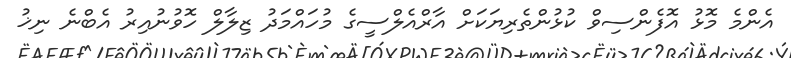
އެންމެ މޮޅު އޮފެންސިވް ކުޅުންތެރިޔަކަށް އާރްއެލްސީގެ މުހައްމަދު ޒިލާލް ހޮވުނުއިރު އެބްނެ ނިޚު